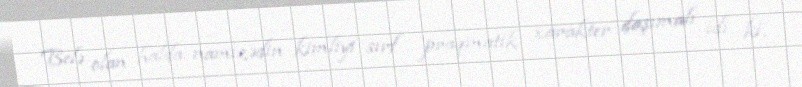
Belə olan halda namizədin kimliyi sırf praqmatik xarakter daşımalı idi ki,